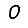
Digit: 0